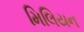
મિલિયન